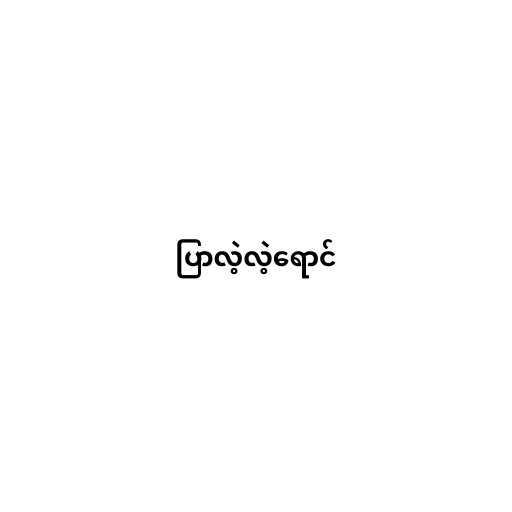
ပြာလဲ့လဲ့ရောင်